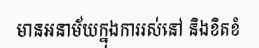
មានអនាម័យក្នុងការរស់នៅ និងខិតខំ